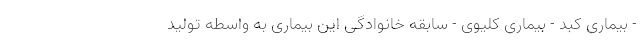
- بیماری کبد - بیماری کلیوی - سابقه خانوادگی این بیماری به واسطه تولید